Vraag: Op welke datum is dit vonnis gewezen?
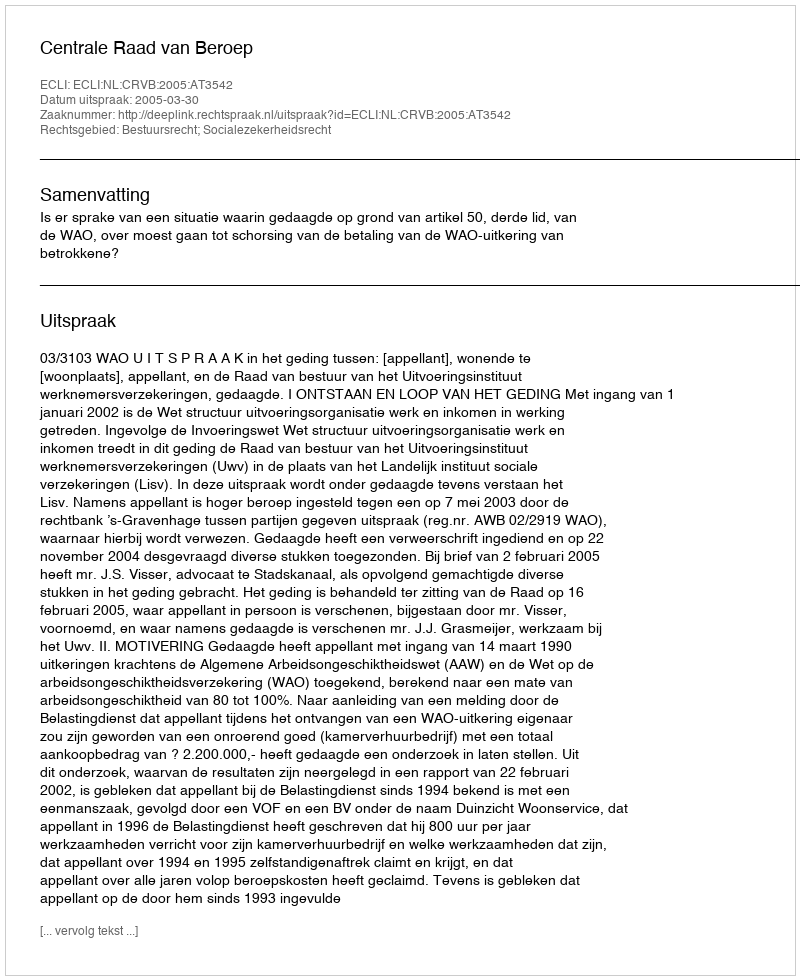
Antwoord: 2005-03-30